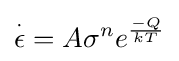
{\overset {\cdot }{\epsilon }}=A\sigma ^{n}e^{\frac {-Q}{kT}}